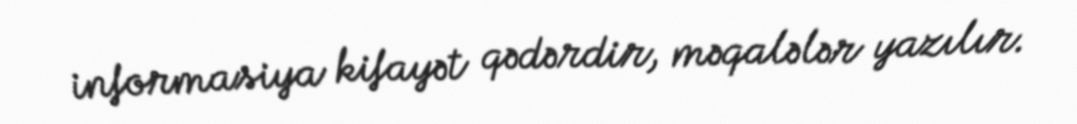
informasiya kifayət qədərdir, məqalələr yazılır.